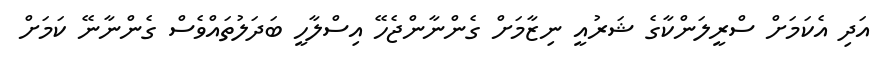
އަދި އެކަމަށް ސްރީލަންކާގެ ޝަރުއީ ނިޒާމަށް ގެންނާންޖެހޭ އިސްލާހީ ބަދަލުތައްވެސް ގެންނާނޭ ކަމަށް